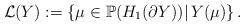
LaTeX: \begin{align*}\mathcal{L}(Y) := \left\{ \mu \in {\mathbb{P}}(H_1(\partial Y))|\, Y(\mu)\right\}.\end{align*}